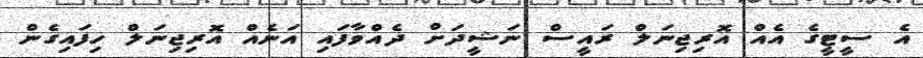
އެ ސީޓީގެ އެއް އޮރިޖިނަލް ރައީސް ނަޝީދަށް ދެއްވާފައި އަނެއް އޮރިޖިނަލް ހިފައިގެން